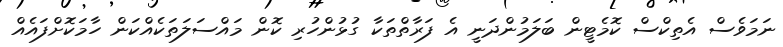
ނަމަވެސް އެތިކްސް ކޮމެޓީން ބަލަމުންދަނީ އެ ފަރާތްތަކާ ގުޅުންހުރި ކޮން މައްސަލަތަކެއްކަން ހާމަކޮށްފައެއް